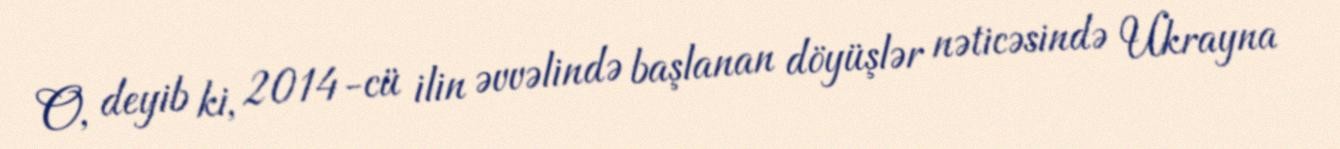
O, deyib ki, 2014-cü ilin əvvəlində başlanan döyüşlər nəticəsində Ukrayna